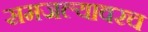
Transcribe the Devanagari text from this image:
समजल्यावरच